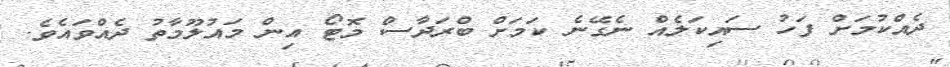
ދެއްކުމަށް ފަހު ސައިކަލެއް ނެގޭނެ ކަމަށް ބްރަދާސް މޮޓޯ އިން މައުލޫމާތު ދެއްވައެވެ.